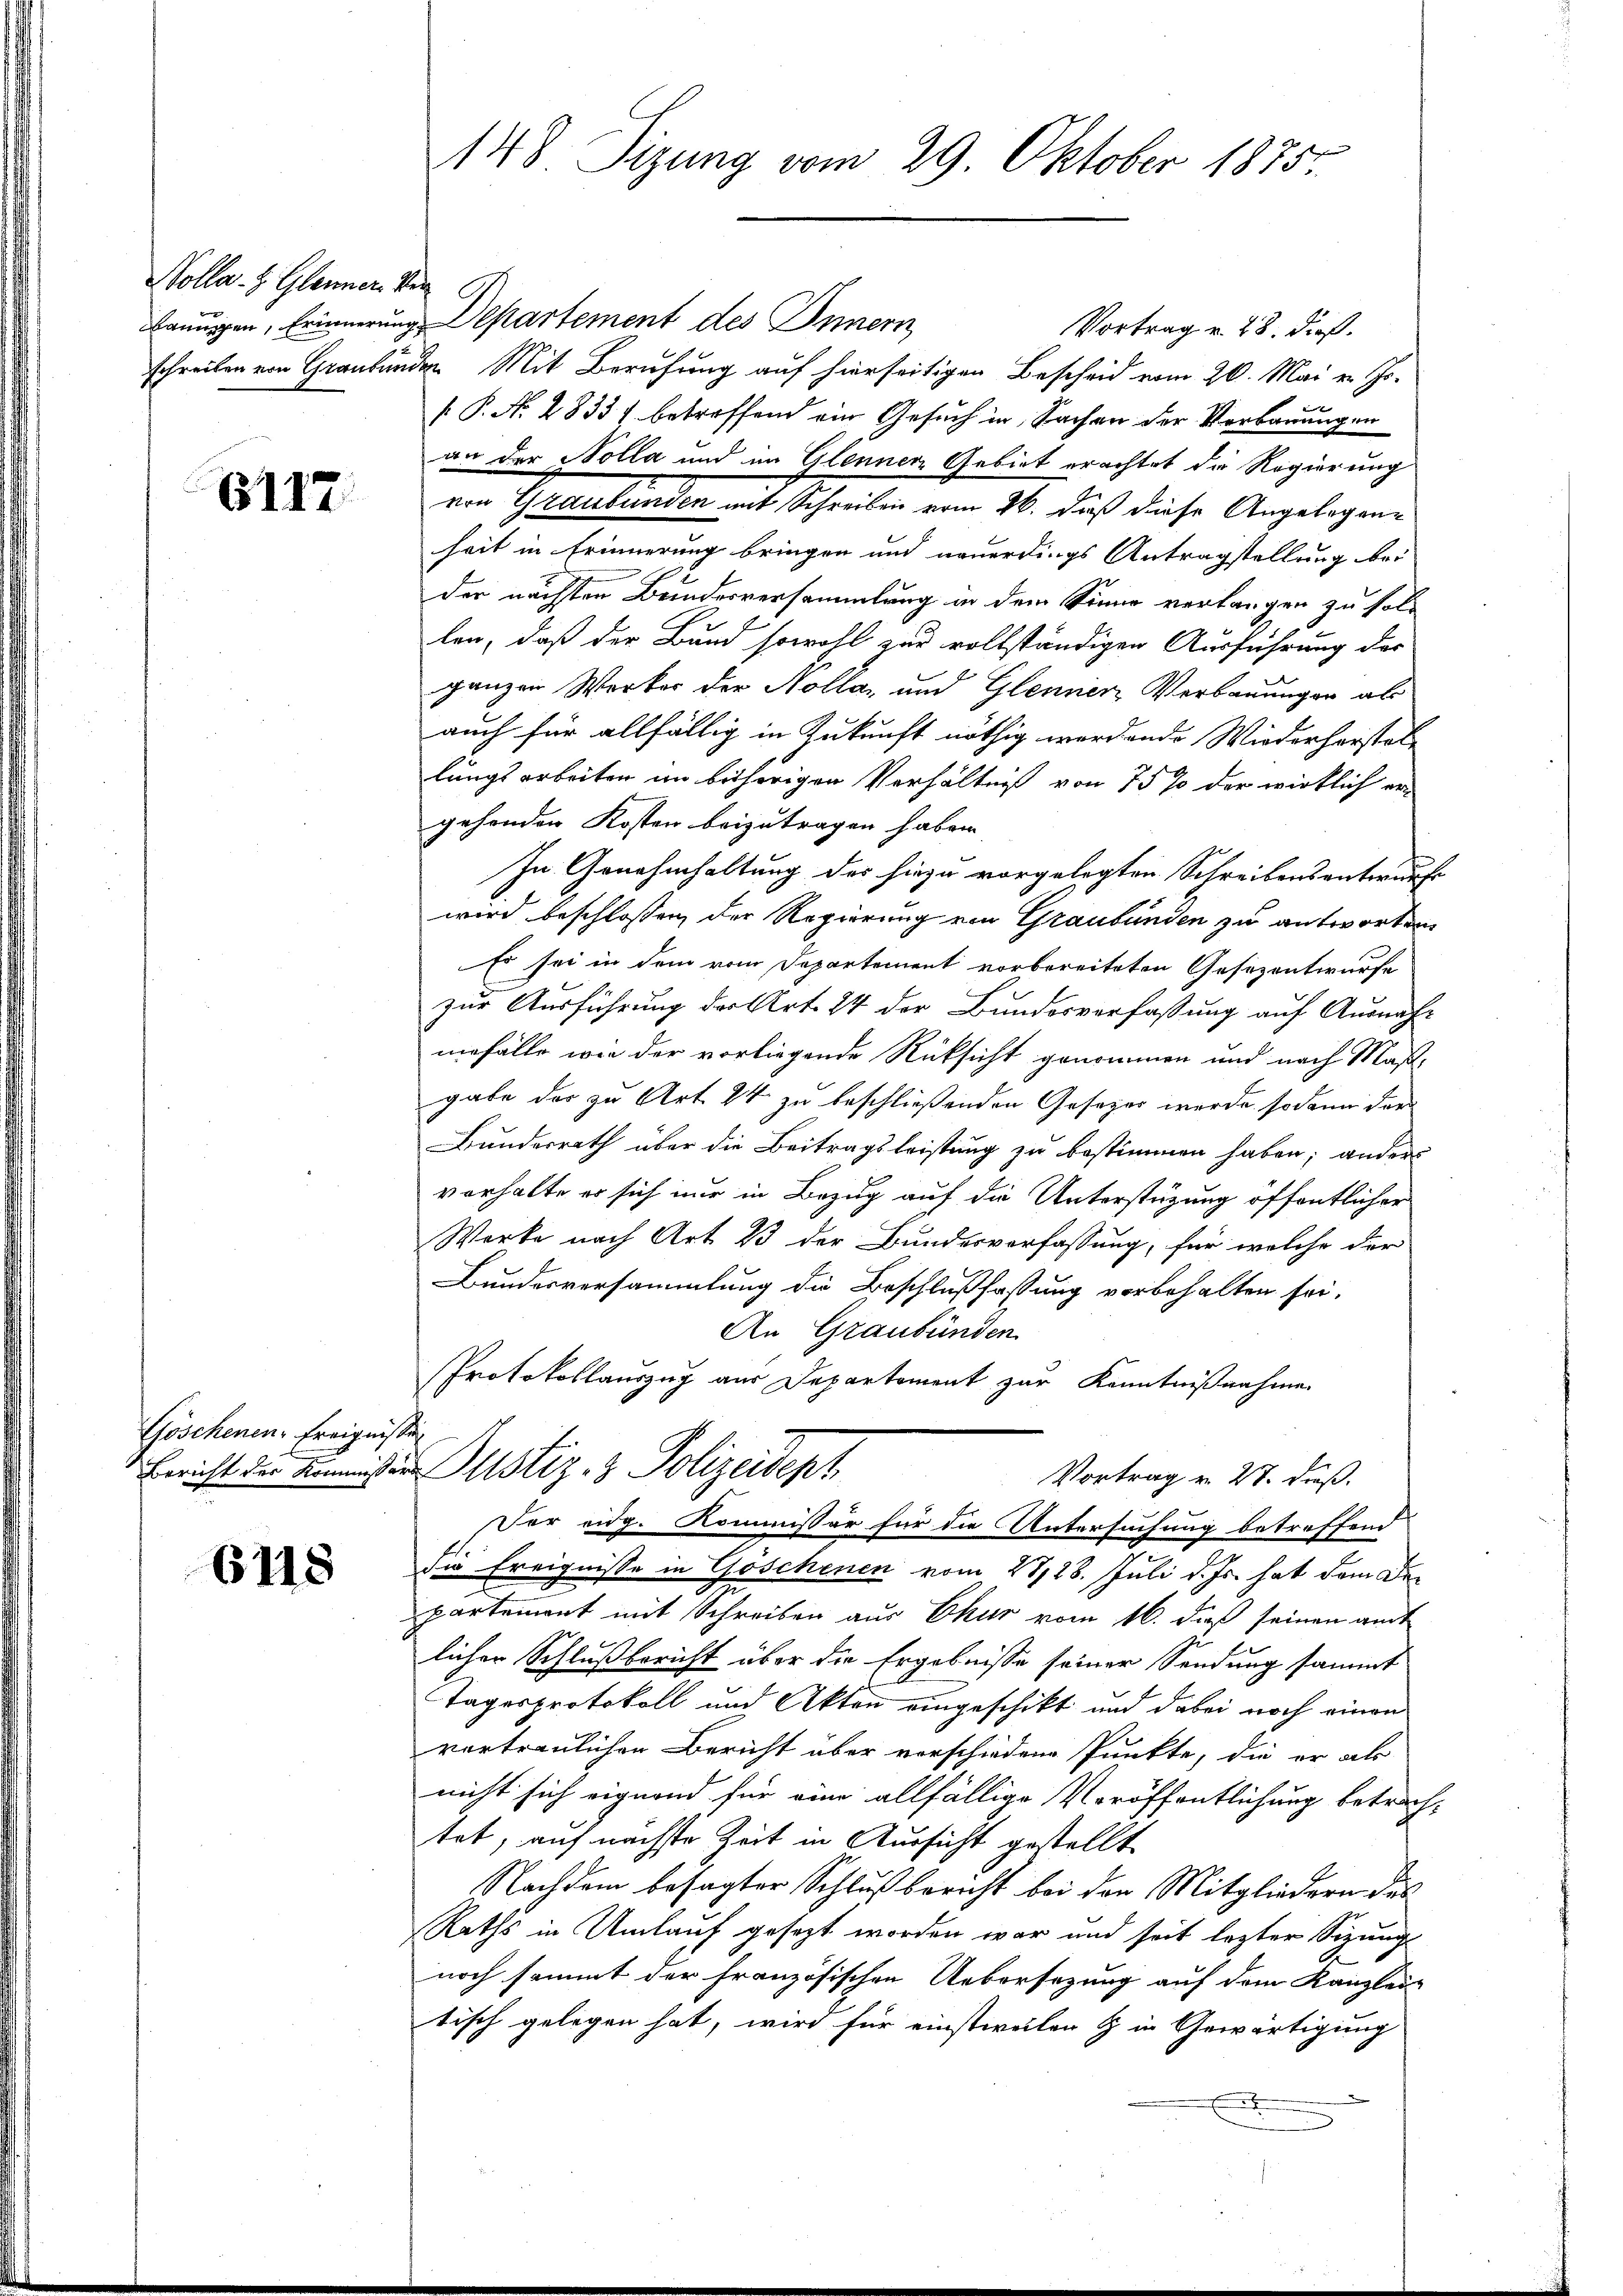
Wolle. H. Gleiner Ver

6117.

Göschenen Ereignis.

6118

148. Sizung vom 29. Oktober 1875.

Banngen, Erinnerung Departement des Innern
Vortrag u. 28. dieß.
schreiben von Graubünden Mit Berufung auf hierseitigen Bescheid vom 20. Mai v. Js.
[ P. N. 2833) betreffend ein Gesuch in Sachen der Verbauungen
an der Nolla und im Glennen Gebiet erachtet die Regierung
von Graubünden mit Schreiben vom 26. daß diese Angelegene
heit in Erinnerung bringen und neuerdings Antragstellung bei
der nächsten Bundesversammlung in dem Sinne verlangen zu sollen, daß der Bund sowohl zur vollständigen Ausführung der
ganzen Werker der Nolla, und Glenner, Verbauungen als
auch für allfällig in Zukunft nöthig werdende Wiederhorstellungsarbeiten im bisherigen Verhältniß von 75 % der wirklich ergehenden Kosten beizutragen haben.
In Genehmhaltung der hiezu vorgelegten Schreibens antwurfe
wird beschlossen, der Regierung von Graubünden zu antworten
Es sei in dem vom Departement vorbereiteten Gesezentwurfe
zur Ausführung der Art. 24 der Bundesverfassung auf Ausnahnefalle wie der vorliegende Rücksicht genommen und nach Maßgabe der zu Art. 24 zu beschließenden Gesetzes werde sodann der
Bundesrath über die Beitragsleistung zu bestimmen haben; anders
vorhalte er sich nur in Bezug auf die Unterstüzung öffentlicher
Werke nach Art 23 der Bundesverfassung, für welche der
Bundesversammlung die Beschlußfassung vorbehalten sei.
An Graubünden
Protokollauszug aus Departement zur Kenntnißnahme
2

Bericht der Leisten Justiz- & Polizeident
Vortrag v. 27. dieß.
Der eidg. Kommissär für die Untersuchung betreffend

die Ereignisse in Göschenen vom 28/28. Juli d. Js. hat dem Departement mit Schreiben aus Ekur vom 16. dieß seinen amt
lichen Schlußbericht über die Ergebnisse seiner Sendung sammt
Tagesprotokoll und Akten eingeschikt und dabei noch einen
vertraulichen Bericht über vorschiedene Punkte, die er als
nicht sich eignend für eine allfällige Veröffentlichung betrachtet, auf nächste Zeit in Aussicht gestellt
Nachdem besagter Schluß bericht bei den Mitgliedern des
Raths in Umlauf gesezt worden war und seit lezter Sizungs
noch sammt der französischen Uebersezung auf dem Kanzlei-
tisch gelegen hat, wird für einstweilen & in Gewärtigung